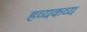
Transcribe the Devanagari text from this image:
हव्यकव्य